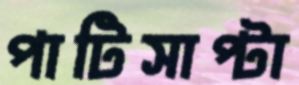
পাটিসাপ্‌টা